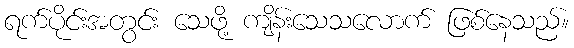
ရက်ပိုင်းအတွင်း သေဖို့ ကျိန်းသေသလောက် ဖြစ်နေသည်။